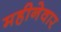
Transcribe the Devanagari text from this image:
महीनेवार